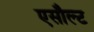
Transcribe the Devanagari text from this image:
एसौल्ट